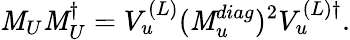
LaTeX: {\mathit M}_{U}{\mathit M}_{U}^{\dagger}=V_{u}^{(L)}({\mathit M}_{u}^{diag})^{2}V_{u}^{(L)\dagger}.